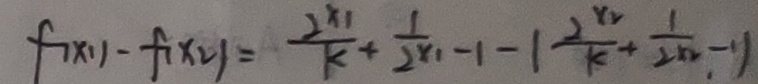
f ^ { \prime } ( x _ { 1 } ) - f ( x _ { 2 } ) = \frac { 2 ^ { x _ { 1 } } } { k } + \frac { 1 } { 2 ^ { x _ { 1 } } } - 1 - ( \frac { 2 ^ { x _ { 2 } } } { k } + \frac { 1 } { 2 ^ { n } } - 1 )